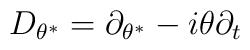
D_{\theta^{\ast}} = \partial_{\theta^{\ast}} - i \theta \partial_t